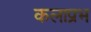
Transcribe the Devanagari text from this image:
कलाप्रभ